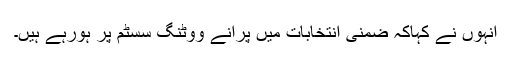
انہوں نے کہاکہ ضمنی انتخابات میں پرانے ووٹنگ سسٹم پر ہورہے ہیں۔